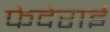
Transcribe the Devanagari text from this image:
फेदेराई